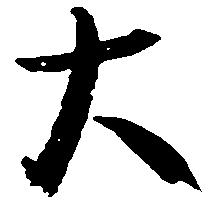
大